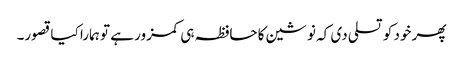
پھر خود کو تسلی دی کہ نوشین کا حافظہ ہی کمزور ہے تو ہمارا کیا قصور۔